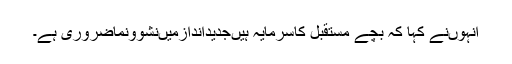
انہوںنے کہا کہ بچے مستقبل کاسرمایہ ہیںجدیداندازمیںنشوونماضروری ہے۔